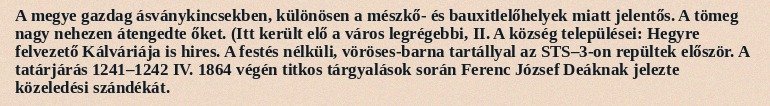
A megye gazdag ásványkincsekben, különösen a mészkő- és bauxitlelőhelyek miatt jelentős. A tömeg nagy nehezen átengedte őket. (Itt került elő a város legrégebbi, II. A község települései: Hegyre felvezető Kálváriája is hires. A festés nélküli, vöröses-barna tartállyal az STS–3-on repültek először. A tatárjárás 1241–1242 IV. 1864 végén titkos tárgyalások során Ferenc József Deáknak jelezte közeledési szándékát.